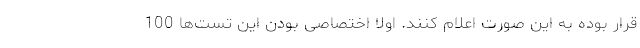
قرار بوده به این صورت اعلام کنند. اولاً اختصاصی بودن این تست‌ها 100